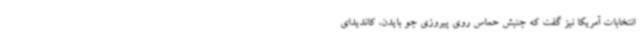
انتخابات آمریکا نیز گفت که جنبش حماس روی پیروزی جو بایدن، کاندیدای